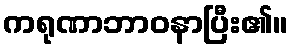
ကရုဏာဘာဝနာပြီး၏။